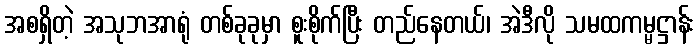
အစရှိတဲ့ အသုဘအာရုံ တစ်ခုခုမှာ စူးစိုက်ပြီး တည်နေတယ်၊ အဲဒီလို သမထကမ္မဋ္ဌာန်း